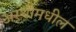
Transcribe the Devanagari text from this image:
अस्थीमधील